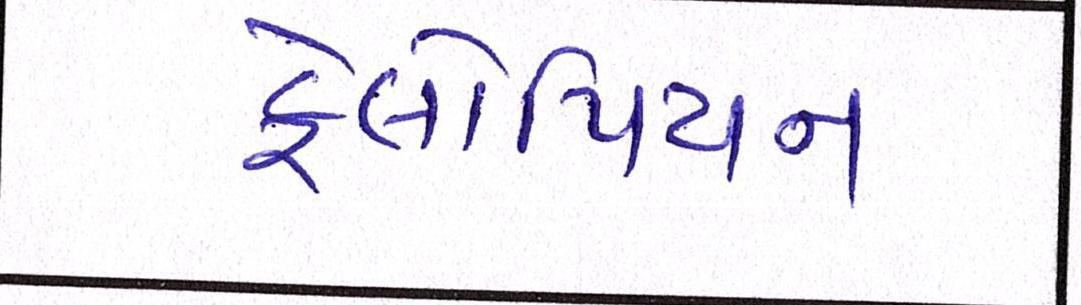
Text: ફેલોપિયન